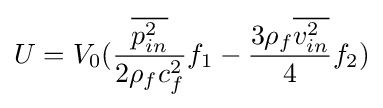
U={V_{0}}({{\overline {p_{in}^{2}}} \over {2{\rho _{f}}c_{f}^{2}}}{f_{1}}-{{3{\rho _{f}}{\overline {v_{in}^{2}}}} \over 4}{f_{2}})